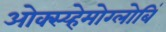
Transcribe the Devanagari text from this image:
ओक्स्य्हेमोग्लोबिं